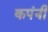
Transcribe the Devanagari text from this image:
कपंनी